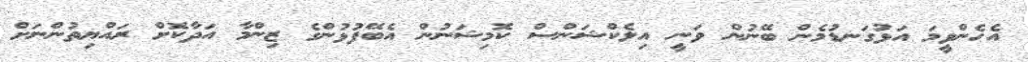
އެހެންވީމަ އަޅުގަނޑުމެން ބޭނުން ވަނީ އިލެކްޝަންސް ކޮމިޝަނުން އެބޭފުޅުންގެ ޒިންމާ އަދާކޮށް ރައްޔިތުންނަށް